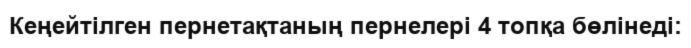
Кеңейтілген пернетақтаның пернелері 4 топқа бөлінеді: